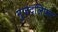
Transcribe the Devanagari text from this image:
मुजदलिफर